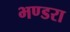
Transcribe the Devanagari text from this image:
भण्डरा